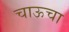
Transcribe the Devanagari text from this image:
चाऊचा